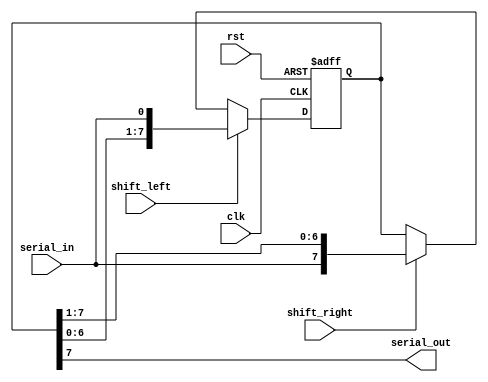
module shift_register(
    input wire clk,          // Clock input
    input wire rst,          // Reset input
    input wire shift_left,   // Control signal to shift data left
    input wire shift_right,  // Control signal to shift data right
    input wire serial_in,    // Serial input data
    output reg serial_out    // Serial output data
);

parameter SIZE = 8; // Number of flip-flops in the shift register

reg [SIZE-1:0] reg_data; // Internal register data

always @ (posedge clk or posedge rst) begin
    if(rst) begin
        reg_data <= 0;
    end else begin
        if(shift_left) begin
            reg_data <= {reg_data[SIZE-2:0], serial_in};
        end else if(shift_right) begin
            reg_data <= {serial_in, reg_data[SIZE-1:1]};
        end
    end
end

assign serial_out = reg_data[SIZE-1]; // Output data from the last flip-flop

endmodule